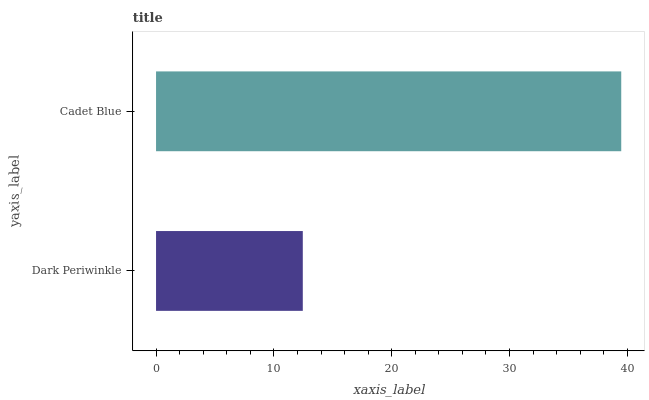
| yaxis_label | bars |
 | --- | --- |
 | Dark Periwinkle | 12.5 |
 | Cadet Blue | 39.5 |